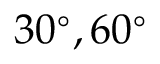
3 0 ^ { \circ } , 6 0 ^ { \circ }